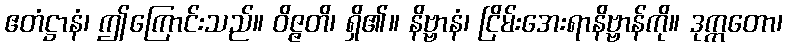
ဧတံဋ္ဌာနံ၊ ဤကြောင်းသည်။ ဝိဇ္ဇတိ၊ ရှိ၏။ နိဗ္ဗာနံ၊ ငြိမ်းအေးရာနိဗ္ဗာန်ကို။ ဒုက္ကတော၊